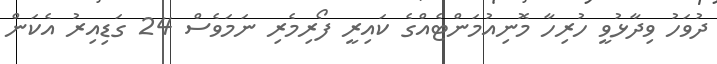
ދުވަހު ވިދާޅުވީ ހުރިހާ މޮނިއުމަންޓެއްގެ ކައިރީ ފޯރިމެރި ނަމަވެސް 24 ގަޑިއިރު އެކަން